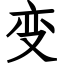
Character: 变